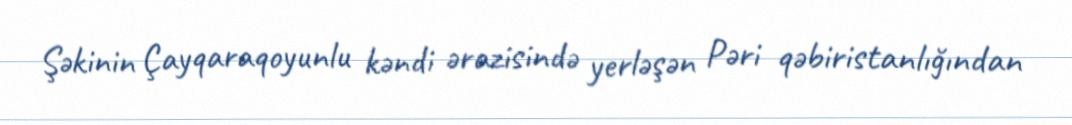
Şəkinin Çayqaraqoyunlu kəndi ərazisində yerləşən Pəri qəbiristanlığından